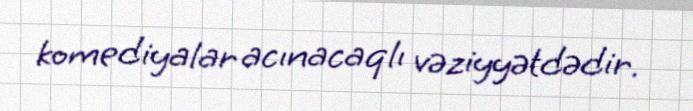
komediyalar acınacaqlı vəziyyətdədir.